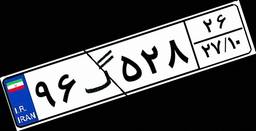
۹۶گ۵۲۸۲۶